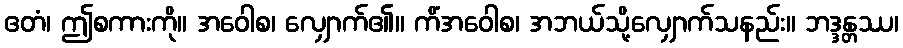
ဧတံ၊ ဤစကားကို။ အဝေါစ၊ လျှောက်၏။ ကိံအဝေါစ၊ အဘယ်သို့လျှောက်သနည်း။ ဘဒ္ဒန္တဿ၊